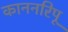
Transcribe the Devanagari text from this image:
काननरिपू